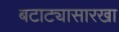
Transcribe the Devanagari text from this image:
बटाट्यासारखा